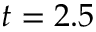
t = 2 . 5